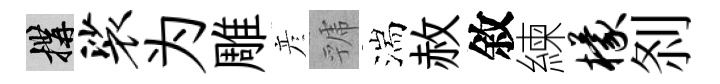
構裟为雕彦虢湍赦敘練檬𠛴